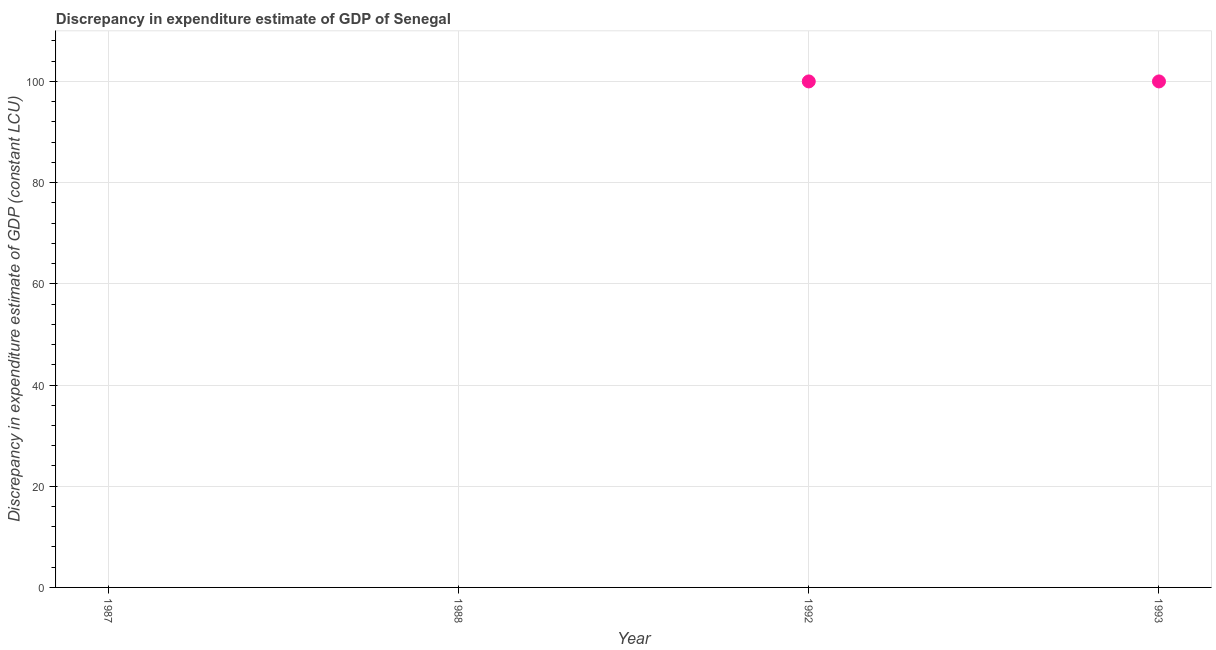
| Year | Discrepancy constant LCU |
 | --- | --- |
 | 1987 | -100 |
 | 1988 | -100 |
 | 1992 | 100 |
 | 1993 | 100 |